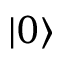
| 0 \rangle